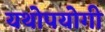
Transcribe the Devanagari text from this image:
यथोपयोगी